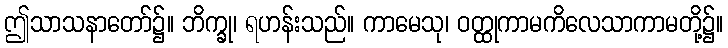
ဤသာသနာတော်၌။ ဘိက္ခု၊ ရဟန်းသည်။ ကာမေသု၊ ဝတ္ထုကာမကိလေသာကာမတို့၌။